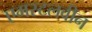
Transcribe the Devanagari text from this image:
एमस्टलवीन